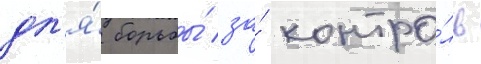
дл'я́ борьбы́ за́ контро́ль